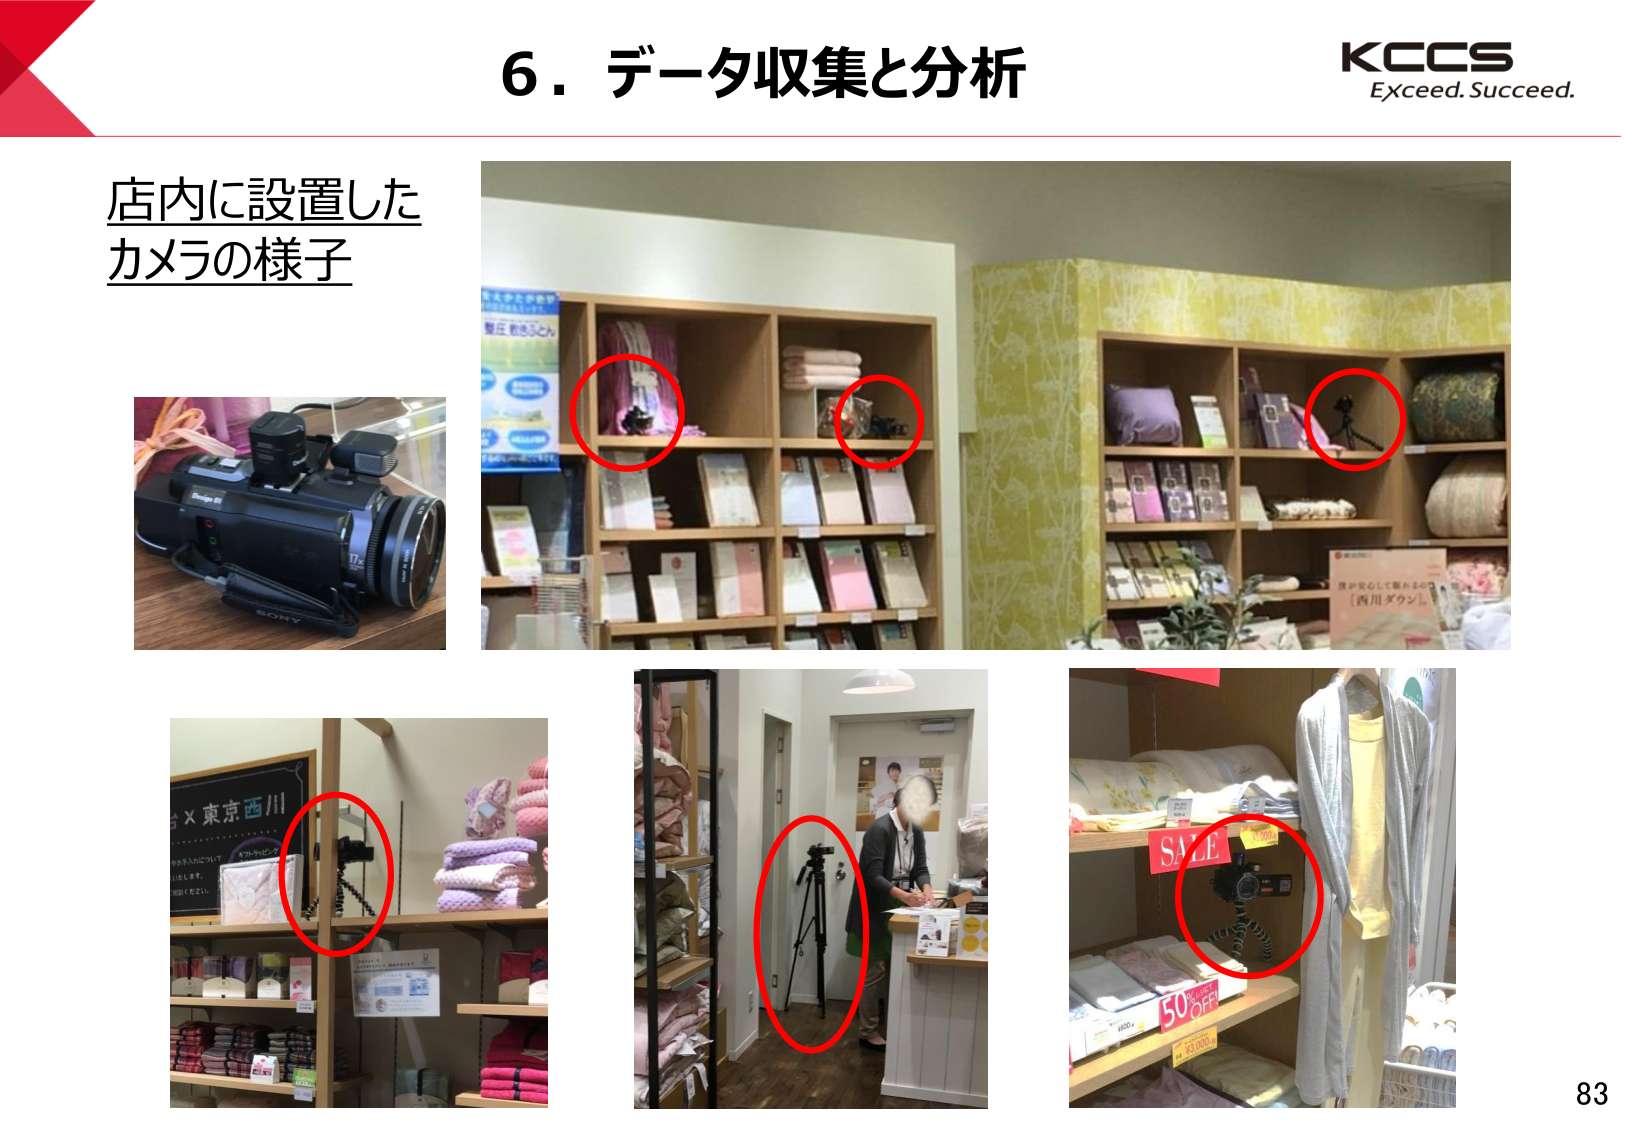
6．データ収集と分析
KCCS
Exceed. Succeed.
店内に設置した
カメラの様子
SONY
×東京西川
SALE
50%OFF
¥3,000
83